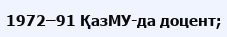
1972–91 ҚазМУ-да доцент;